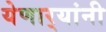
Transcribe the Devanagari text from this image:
येणार्‍यांनी